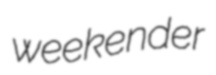
weekender